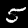
Label: 5